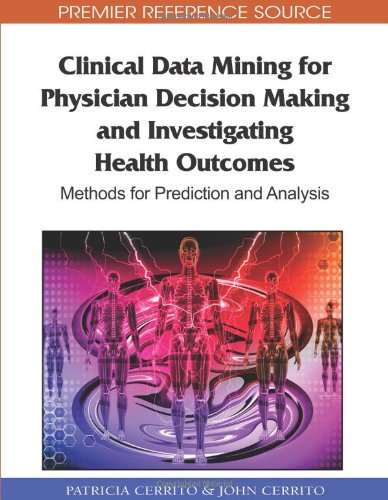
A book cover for Clinical Data Mining for Physician Decision Making and Investigating Health Outcomes: Methods for Prediction and Analysis (Premier Reference Source); Patricia Cerrito; Medical Books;